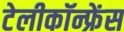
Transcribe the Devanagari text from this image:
टेलीकॉन्फ्रेंस